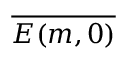
\overline { { E ( m , 0 ) } }